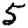
Digit: 5